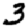
Digit: 3